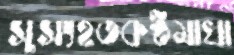
সুসংহতকণ্ঠমাখা